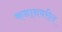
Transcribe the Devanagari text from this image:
कनानवरील